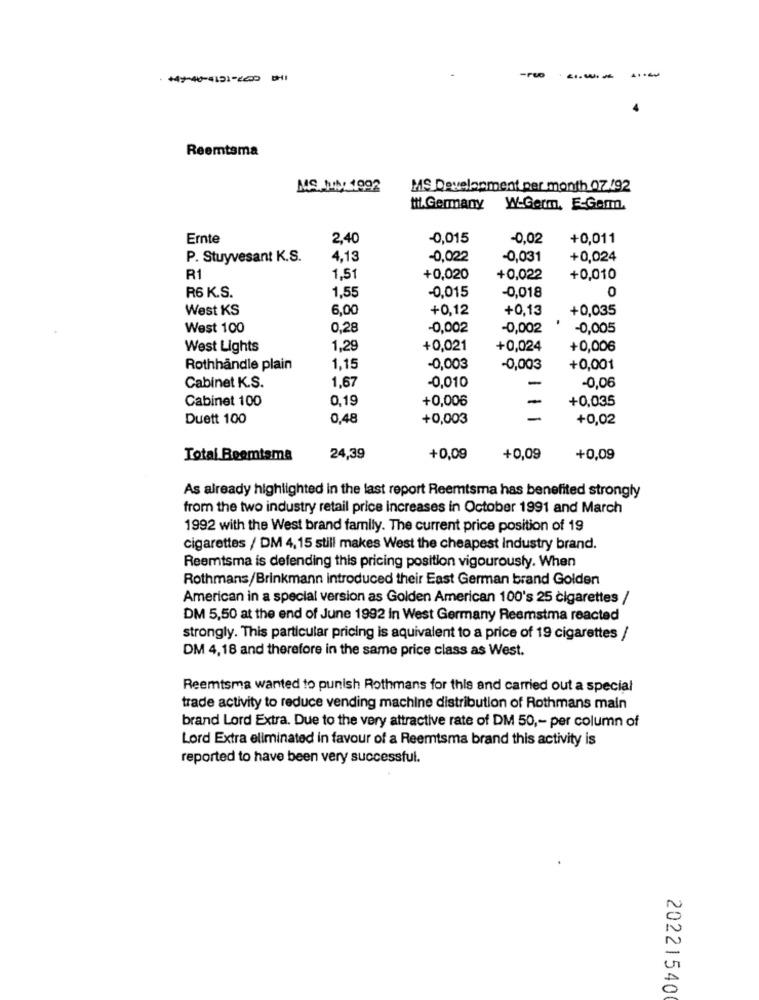
Reemtsma
MS 1: 1992
MS Development per month 07 /92
til.Germany W-Germ, E-Gem.
Ernte
2,40
-0,015
-0,02
+0,011
P. Stuyvesant K.S.
4,13
-0,022
-0,031
+0,024
R1
1,51
+0,020
+0,022
+0,010
1,55
0
R6 K.S.
-0,015
-0,018
West KS
6,00
+0,12
+0,13
+0,035
West 100
0,28
-0,002
-0,002
-0,005
West Lights
1,29
+0,021
+0,024
+0,006
Rothhåndle plain
1,15
-0,003
-0,003
+0,001
-0,010
Cabinet K.S.
1,67
-
-0,06
Cabinet 100
0,19
+0,006
-
+0,035
Duett 100
0,48
+0,003
-
+0,02
Total Reemtsma
24,39
+0,09
+0,09
+0,09
As already highlighted in the last report Reemtsma has benefited strongly
from the two industry retail price increases in October 1991 and March
1992 with the West brand family. The current price position of 19
cigarettes / DM 4,15 still makes West the cheapest Industry brand.
Reemtsma is defending this pricing position vigourously. When
Rothmans/Brinkmann introduced their East German brand Golden
American in a special version as Golden American 100's 25 cigarettes /
DM 5,50 at the end of June 1992 in West Germany Reemstma reacted
strongly. This particular pricing is aquivalent to a price of 19 cigarettes /
DM 4,18 and therefore in the same price class as West.
Reemtsma wanted to punish Rothmans for this and carried out a special
trade activity to reduce vending machine distribution of Rothmans main
brand Lord Extra. Due to the very attractive rate of DM 50 ,- per column of
Lord Extra eliminated in favour of a Reemtsma brand this activity is
reported to have been very successful.
20221540